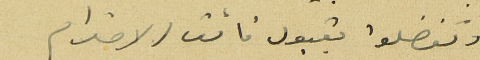
وتفضلوا بقبول فائق الاحترام